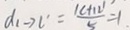
d _ { 1 } \rightarrow c ^ { \prime } = \frac { \vert c + 1 2 \vert } { 5 } = 1